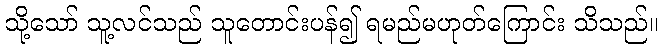
သို့သော် သူ့လင်သည် သူတောင်းပန်၍ ရမည်မဟုတ်ကြောင်း သိသည်။